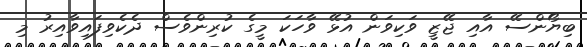
ބިޔޯންސޭ އާއި ޖޭޒީ ވަކިވަން އުޅޭ ވާހަކަ މީގެ ކުރިންވެސް ދެކެވިފައިވާއިރު މި